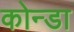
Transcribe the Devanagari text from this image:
कोन्डा